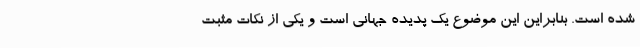
شده است. بنابراین این موضوع یک پدیده جهانی است و یکی از نکات مثبت